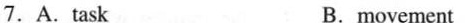
7. A. task